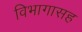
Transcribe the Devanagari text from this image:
विभागासह